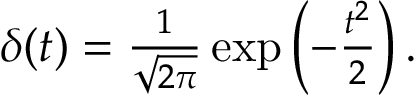
\begin{array} { r } { \delta ( t ) = \frac { 1 } { \sqrt { 2 \pi } } \exp \left( - \frac { t ^ { 2 } } { 2 } \right) . } \end{array}